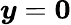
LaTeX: \boldsymbol{y}=\boldsymbol{0}